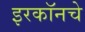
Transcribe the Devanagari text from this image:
इरकॉनचे